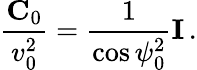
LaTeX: \frac{{\mathbf C}_{0}}{v_{0}^{2}}=\frac{1}{\cos\psi_{0}^{2}}{\mathbf I}\, .